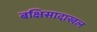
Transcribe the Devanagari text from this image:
बक्षिसादाखल